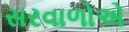
સરવાળોએ